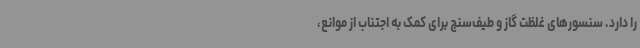
را دارد. سنسورهای غلظت گاز و طیف‌سنج برای کمک به اجتناب از موانع،